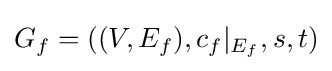
G_{f}=((V,E_{f}),c_{f}|_{E_{f}},s,t)